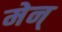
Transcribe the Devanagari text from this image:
मेन्